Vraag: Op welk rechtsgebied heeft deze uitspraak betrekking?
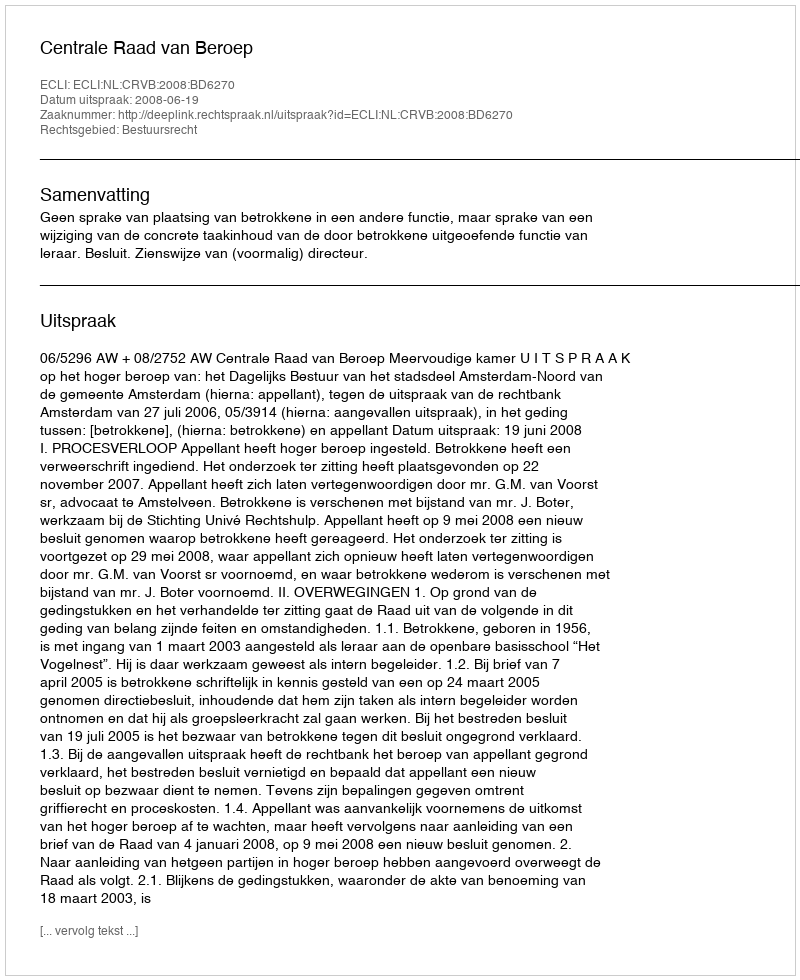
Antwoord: Bestuursrecht